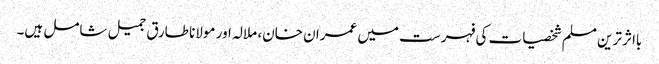
بااثر ترین مسلم شخصیات کی فہرست میں عمران خان، ملالہ اور مولانا طارق جمیل شامل ہیں۔